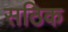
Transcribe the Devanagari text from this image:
सठिक